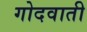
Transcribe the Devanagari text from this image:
गोदवाती